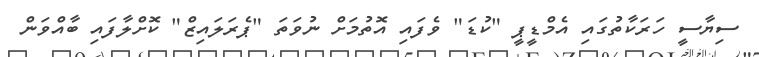
ސިޔާސީ ހަރަކާތުގައި އެމްޑީޕީ "ކުޑަ" ވެފައި އޮތުމަށް ނުވަތަ "ޕެރަލައިޒް" ކޮށްލާފައި ބާއްވަން